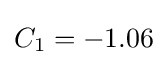
C_{1}=-1.06